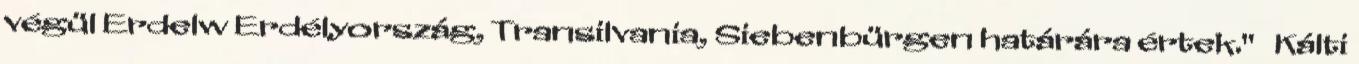
végül Erdelw Erdélyország, Transilvania, Siebenbürgen határára értek." Kálti